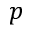
p